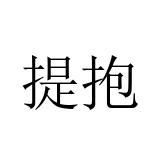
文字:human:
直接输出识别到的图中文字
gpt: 提抱